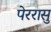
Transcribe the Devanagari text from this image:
पेररासु